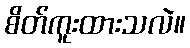
စိတ်ကူးထားသလဲ။